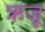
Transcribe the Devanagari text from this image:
ऋजू